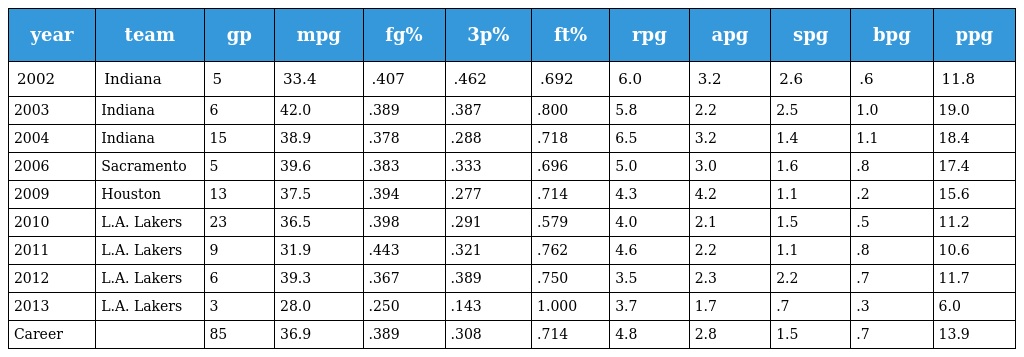
| year | team | gp | mpg | fg% | 3p% | ft% | rpg | apg | spg | bpg | ppg |
 | --- | --- | --- | --- | --- | --- | --- | --- | --- | --- | --- | --- |
 | 2002 | Indiana | 5 | 33.4 | .407 | .462 | .692 | 6.0 | 3.2 | 2.6 | .6 | 11.8 |
 | 2003 | Indiana | 6 | 42.0 | .389 | .387 | .800 | 5.8 | 2.2 | 2.5 | 1.0 | 19.0 |
 | 2004 | Indiana | 15 | 38.9 | .378 | .288 | .718 | 6.5 | 3.2 | 1.4 | 1.1 | 18.4 |
 | 2006 | Sacramento | 5 | 39.6 | .383 | .333 | .696 | 5.0 | 3.0 | 1.6 | .8 | 17.4 |
 | 2009 | Houston | 13 | 37.5 | .394 | .277 | .714 | 4.3 | 4.2 | 1.1 | .2 | 15.6 |
 | 2010 | L.A. Lakers | 23 | 36.5 | .398 | .291 | .579 | 4.0 | 2.1 | 1.5 | .5 | 11.2 |
 | 2011 | L.A. Lakers | 9 | 31.9 | .443 | .321 | .762 | 4.6 | 2.2 | 1.1 | .8 | 10.6 |
 | 2012 | L.A. Lakers | 6 | 39.3 | .367 | .389 | .750 | 3.5 | 2.3 | 2.2 | .7 | 11.7 |
 | 2013 | L.A. Lakers | 3 | 28.0 | .250 | .143 | 1.000 | 3.7 | 1.7 | .7 | .3 | 6.0 |
 | Career |  | 85 | 36.9 | .389 | .308 | .714 | 4.8 | 2.8 | 1.5 | .7 | 13.9 |